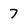
Character: 7